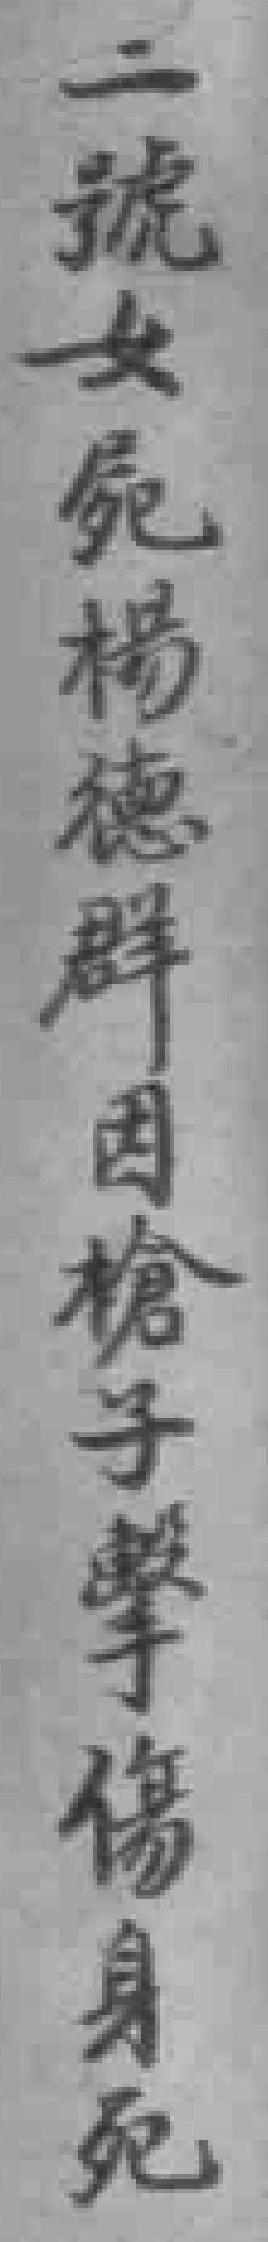
二號女屍楊德群因槍子擊傷身死